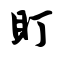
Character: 盯